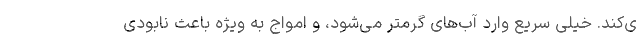
ی‌کند. خیلی سریع وارد آب‌های گرمتر می‌شود، و امواج به ویژه باعث نابودی